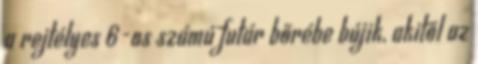
a rejtélyes 6-os számú futár bőrébe bújik, akitől az